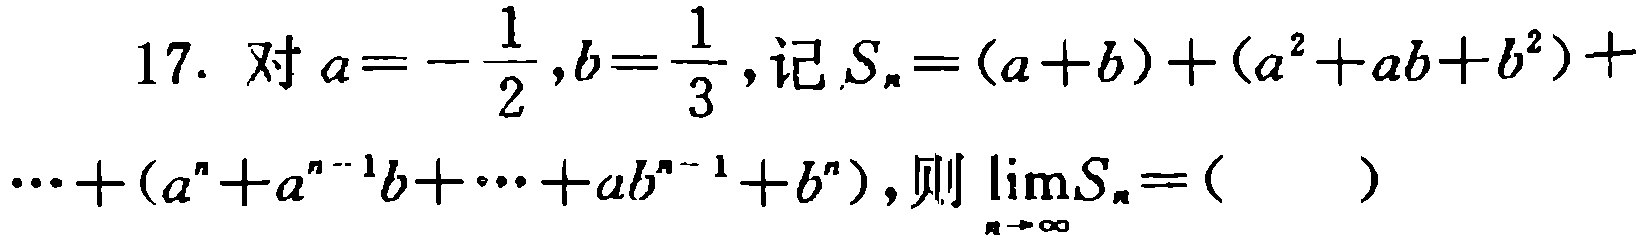
17. 对$a = -\frac{1}{2},b=\frac{1}{3}$, 记$S_{n}=(a + b)+(a^{2}+ab + b^{2})+\cdots+(a^{n}+a^{n - 1}b+\cdots+ab^{n - 1}+b^{n})$, 则$\lim\limits_{n\rightarrow\infty}S_{n}=$（  ）